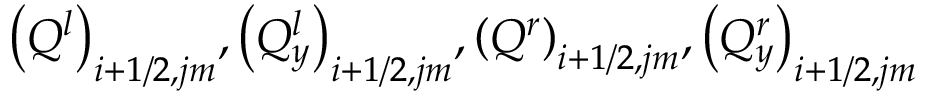
{ { \left( { { Q } ^ { l } } \right) } _ { i + 1 / 2 , j m } } , { { \left( Q _ { y } ^ { l } \right) } _ { i + 1 / 2 , j m } } , { { \left( { { Q } ^ { r } } \right) } _ { i + 1 / 2 , j m } } , { { \left( Q _ { y } ^ { r } \right) } _ { i + 1 / 2 , j m } }